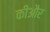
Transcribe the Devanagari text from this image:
कीऔर